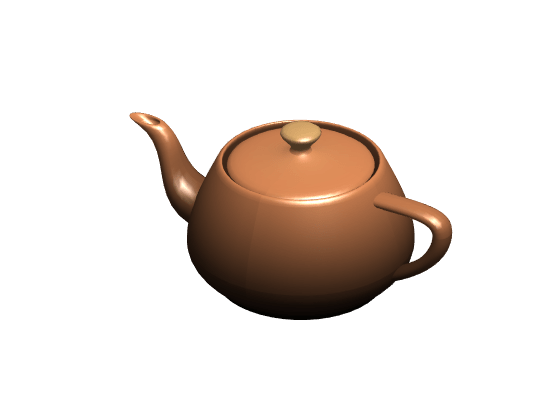
matlab, patch, axis, colormap, light, lighting